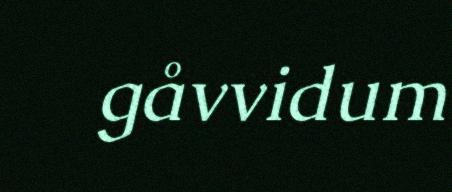
gåvvidum